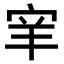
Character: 𫳅